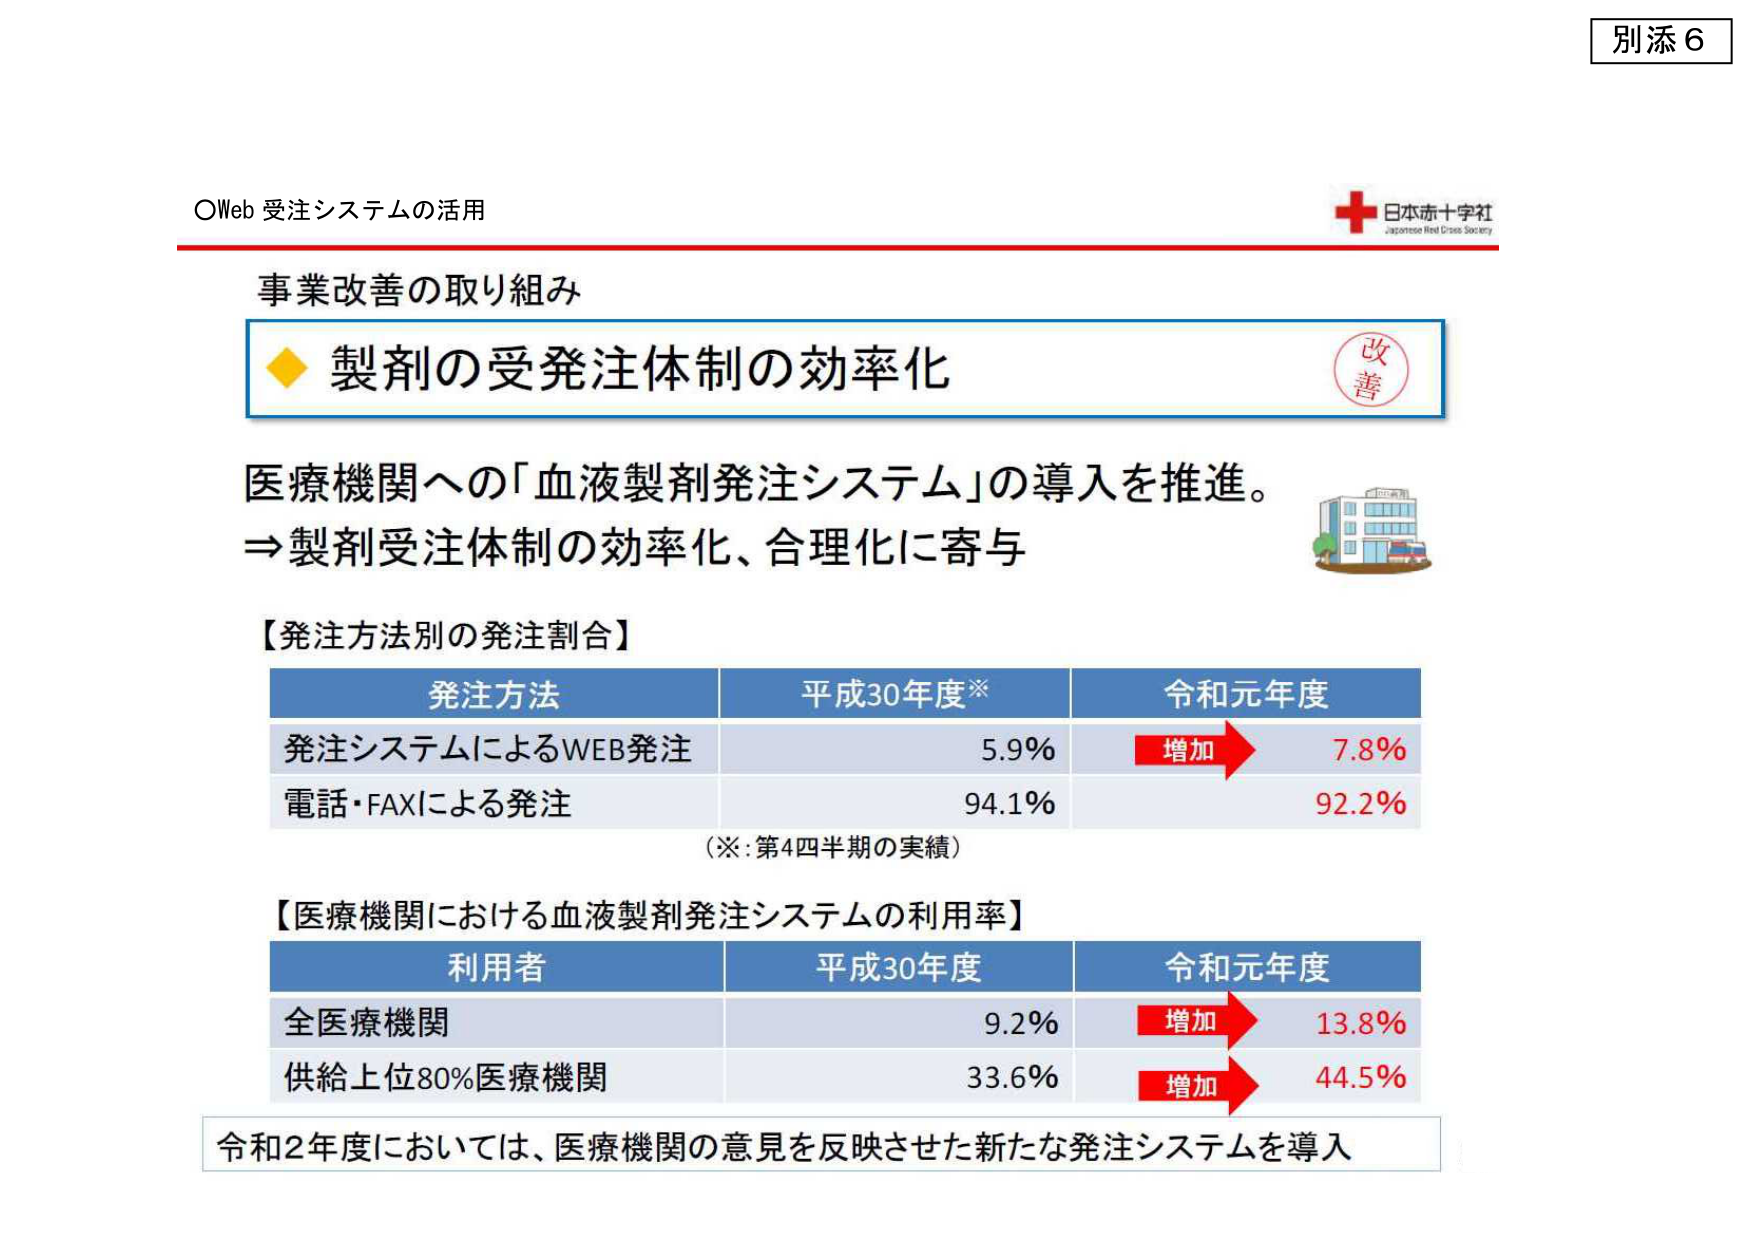
別添６

○Web 受注システムの活用

日本赤十字社
Japanese Red Cross Society

事業改善の取り組み

◆ 製剤の受発注体制の効率化
（右上に赤い円の中に「改善」と書かれたスタンプ）

医療機関への「血液製剤発注システム」の導入を推進。
⇒製剤受注体制の効率化、合理化に寄与

【発注方法別の発注割合】

発注方法　　　　　平成30年度※　　　令和元年度
発注システムによるWEB発注　　　5.9%　　　→増加→　7.8%
電話・FAXによる発注　　　　　　94.1%　　　　　　　92.2%

（※：第4四半期の実績）

【医療機関における血液製剤発注システムの利用率】

利用者　　　　　　平成30年度　　　令和元年度
全医療機関　　　　　9.2%　　　→増加→　13.8%
供給上位80%医療機関　33.6%　　　→増加→　44.5%

令和2年度においては、医療機関の意見を反映させた新たな発注システムを導入